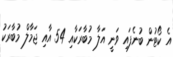
އެ ކޯޓުން ބުނެފައި ވަނީ އަލާ މުބާރަކާއި 54 އާއި ޖަމާލް މުބާރަކު